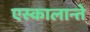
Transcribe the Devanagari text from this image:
एस्कालान्ते